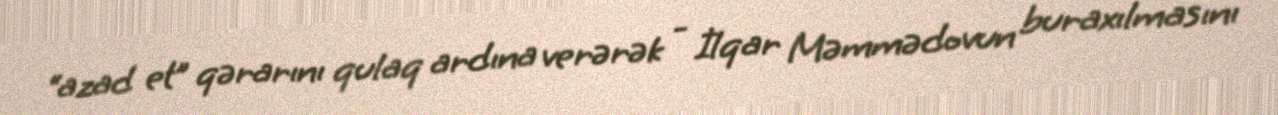
“azad et” qərarını qulaq ardına verərək - İlqar Məmmədovun buraxılmasını